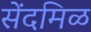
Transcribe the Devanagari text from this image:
सेंदमिळ